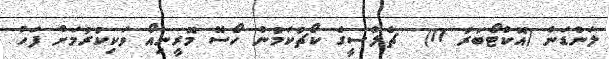
ލަންޑަން (އޮކްޓޯބަރު 11)  ޗެލްސީގެ ކޯޗުކަމުން ހޯސޭ މޮރީނިއޯ ވަކިކުރުމަށް ފަހު